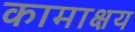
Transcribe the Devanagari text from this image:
कामाक्षय